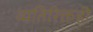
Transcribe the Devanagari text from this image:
व्यतिरिक्तही